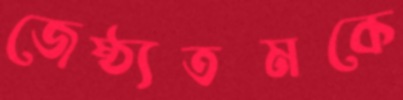
জেষ্ঠ্যতমকে